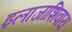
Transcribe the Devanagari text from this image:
इलाजाशिवाय